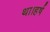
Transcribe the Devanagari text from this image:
था।हर्ष